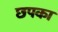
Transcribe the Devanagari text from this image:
छपका